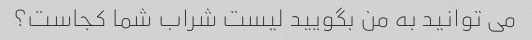
می توانید به من بگویید لیست شراب شما کجاست؟